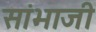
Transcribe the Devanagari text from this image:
सांभाजी